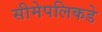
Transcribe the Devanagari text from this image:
सीमेपलिकडे